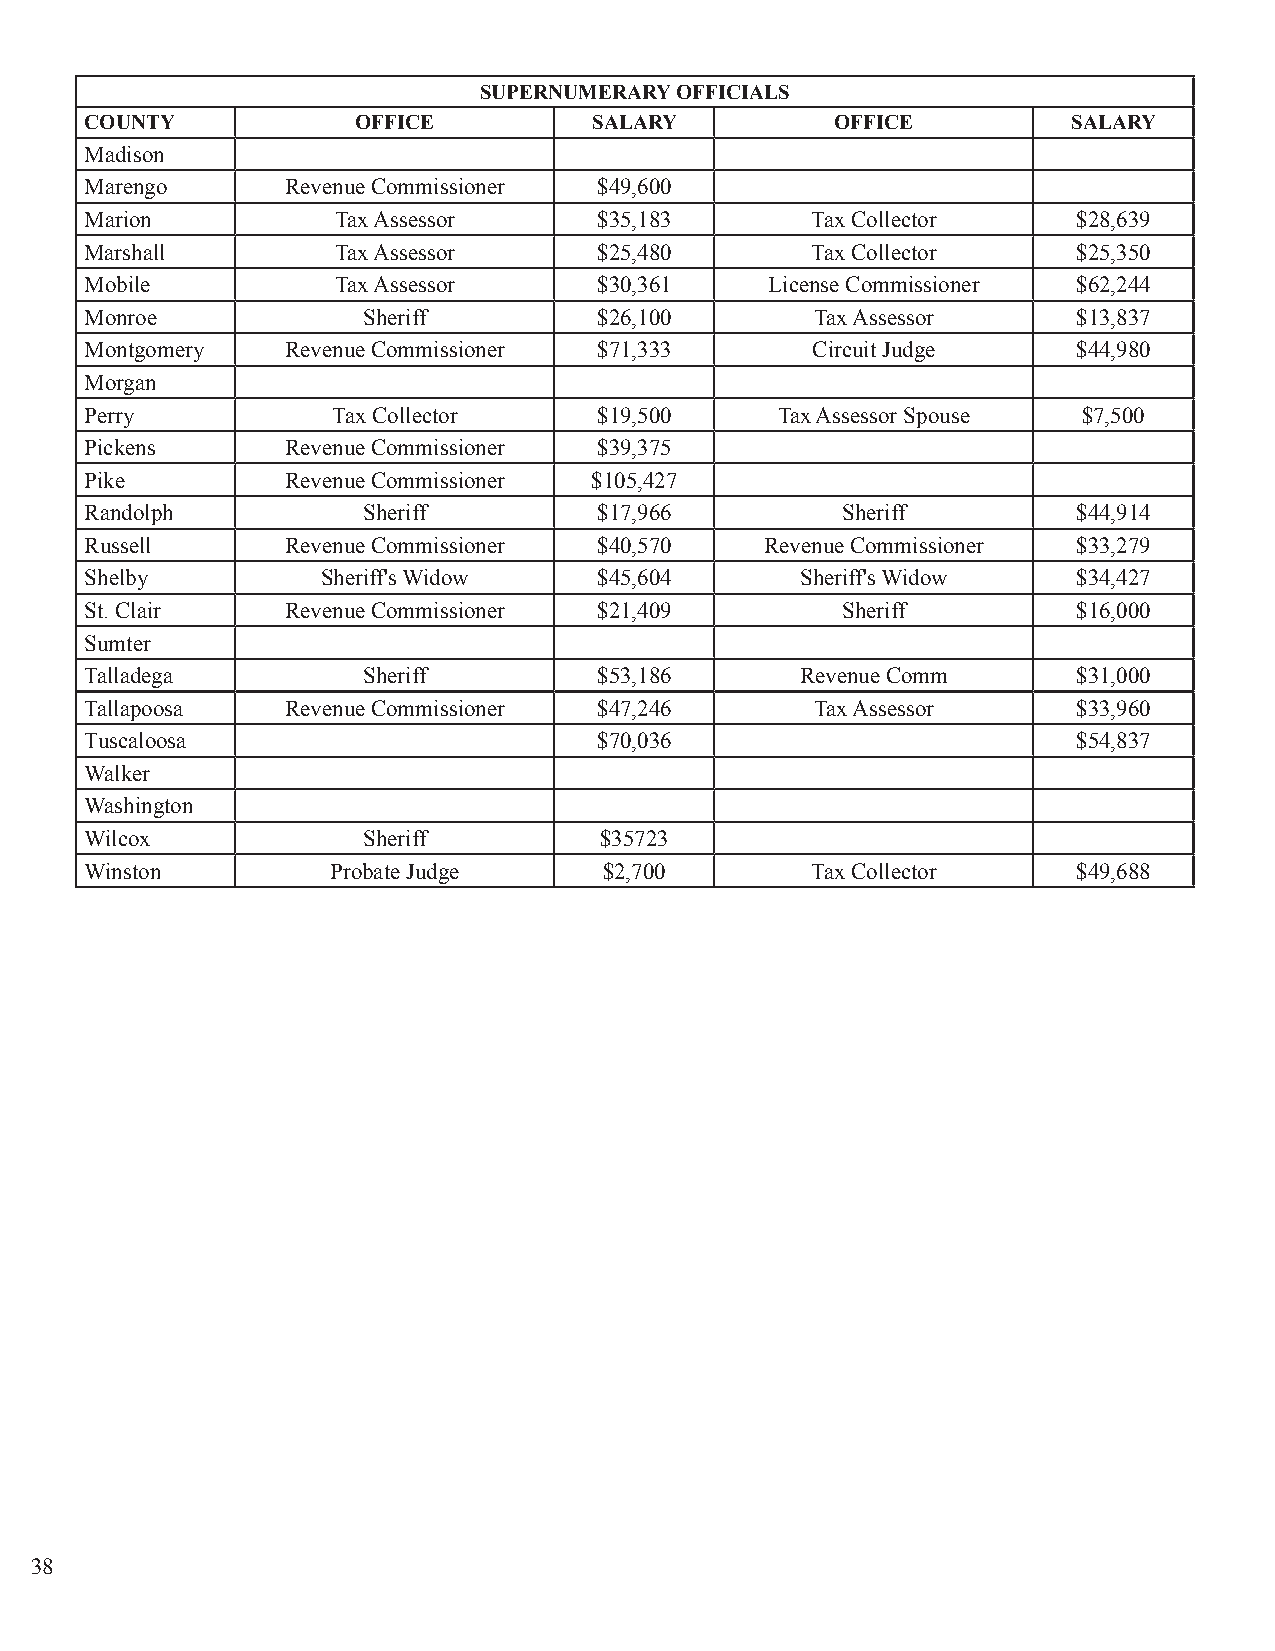
SUPERNUMERARY OFFICIALS
 COUNTY            OFFICE         SALARY          OFFICE          SALARY
 Madison
 Marengo      Revenue Commissioner $49,600
 Marion          Tax Assessor      $35,183       Tax Collector    $28,639
 Marshall        Tax Assessor      $25,480       Tax Collector    $25,350
 Mobile          Tax Assessor      $30,361    License Commissioner $62,244
 Monroe            Sheriff         $26,100       Tax Assessor     $13,837
 Montgomery   Revenue Commissioner $71,333       Circuit Judge    $44,980
 Morgan
 Perry           Tax Collector     $19,500     Tax Assessor Spouse $7,500
 Pickens      Revenue Commissioner $39,375
 Pike         Revenue Commissioner $105,427
 Randolph          Sheriff         $17,966         Sheriff        $44,914
 Russell      Revenue Commissioner $40,570    Revenue Commissioner $33,279
 Shelby         Sheriff's Widow    $45,604      Sheriff's Widow   $34,427
 St. Clair    Revenue Commissioner $21,409         Sheriff        $16,000
 Sumter
 Talladega         Sheriff         $53,186      Revenue Comm      $31,000
 Tallapoosa   Revenue Commissioner $47,246       Tax Assessor     $33,960
 Tuscaloosa                        $70,036                        $54,837
 Walker
 Washington
 Wilcox            Sheriff         $35723
 Winston         Probate Judge     $2,700        Tax Collector    $49,688
 38